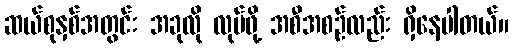
ဆယ်စုနှစ်အတွင်း အခုလို လုပ်ဖို့ အစီအစဉ်လည်း ရှိနေပါတယ်။